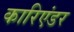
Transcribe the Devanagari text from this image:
कारिएंडर